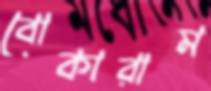
বোকারাম